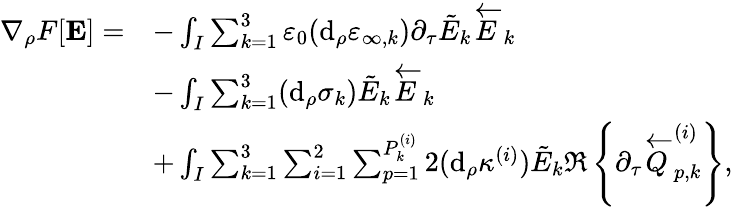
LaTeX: \begin{array}{rl}{\nabla_{\rho}F[\mathbf{E}]=}&{-\int_{I}\sum_{k=1}^{3}\varepsilon_{0}(\mathrm{d}_{\rho}\varepsilon_{\infty,k})\partial_{\tau}\tilde{E}_{k}\overleftarrow{E}_{k}}\\ &{-\int_{I}\sum_{k=1}^{3}(\mathrm{d}_{\rho}\sigma_{k})\tilde{E}_{k}\overleftarrow{E}_{k}}\\ &{+\int_{I}\sum_{k=1}^{3}\sum_{i=1}^{2}\sum_{p=1}^{P_{k}^{(i)}}2(\mathrm{d}_{\rho}\kappa^{(i)})\tilde{E}_{k}\Re\left\{ \partial_{\tau}\overleftarrow{Q}_{p,k}^{(i)}\right\} ,}\end{array}